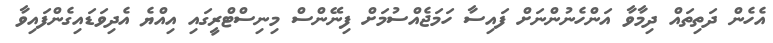
އެހެން ދަތިތައް ދިމާވާ އަންހެނުންނަށް ފައިސާ ހަމަޖެއްސުމަށް ފިނޭންސް މިނިސްޓްރީގައި އިއްޔެ އެދިވަޑައިގެންފައިވާ